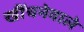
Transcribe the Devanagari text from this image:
खींचनेवाले